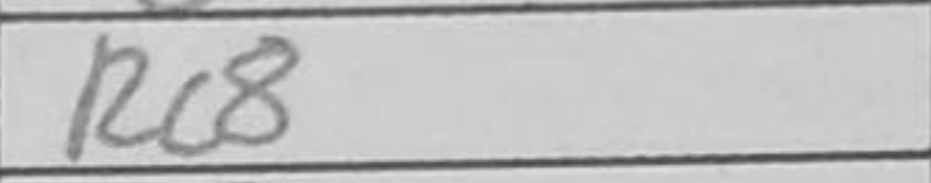
Transcription: Rc8